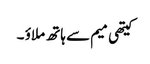
کیتھی میم سے ہاتھ ملاؤ ۔